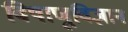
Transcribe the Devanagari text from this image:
विषाणूविज्ञान